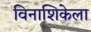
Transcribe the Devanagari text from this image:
विनाशिकेला